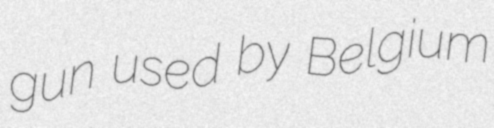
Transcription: gun used by Belgium